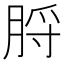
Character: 脟